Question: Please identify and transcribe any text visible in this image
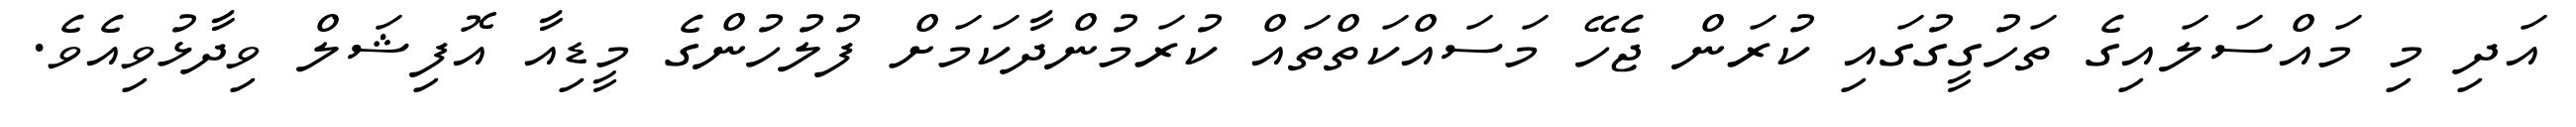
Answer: އަދި މި މައްސަލައިގެ ތަހުގީގުގައި ކުރަން ޖެހޭ މަސައްކަތްތައް ކުރަމުންދާކަމަށް ފުލުހުންގެ މީޑިއާ އޮފިޝަލް ވިދާޅުވިއެވެ.